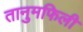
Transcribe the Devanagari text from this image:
तानुमफिली